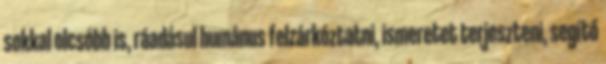
sokkal olcsóbb is, ráadásul humánus felzárkóztatni, ismeretet terjeszteni, segítő